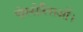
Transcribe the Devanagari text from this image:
पोस्सेस्सिओं।